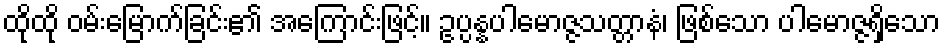
ထိုထို ဝမ်းမြောက်ခြင်း၏ အကြောင်းဖြင့်။ ဥပ္ပန္နပါမောဇ္ဇသတ္တာနံ၊ ဖြစ်သော ပါမောဇ္ဇရှိသော